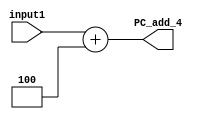
`timescale 1ns / 1ps
//////////////////////////////////////////////////////////////////////////////////
// Company: 
// Engineer: 
// 
// Design Name: 
// Module Name: PC_adder_4
// Project Name: 
// Target Devices: 
// Tool Versions: 
// Description: 
// 
// Dependencies: 
// 
// Revision:
// Revision 0.01 - File Created
// Additional Comments:
// 
//////////////////////////////////////////////////////////////////////////////////


module PC_adder_4(
    input [31:0] input1,
    output reg [31:0] PC_add_4
    );
    
    always @ (input1)
        PC_add_4 = input1 + 4;
endmodule